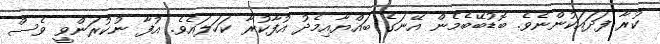
ކުރާ ފަދައަކުންނެވެ. ބޮޑުބޭބެމެން އޭނަގެ ބައްޔާއިމެދު އުފާކުރާ ކަހަލައެވެ. އުފާ ނުކުރަންވީ ވެސް